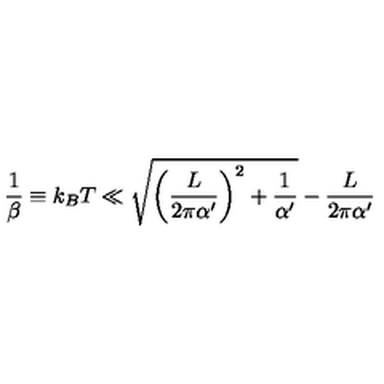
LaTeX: \frac { 1 } { \beta } \equiv k _ { B } T \ll \sqrt { \left( \frac { L } { 2 \pi \alpha ^ { \prime } } \right) ^ { 2 } + \frac { 1 } { \alpha ^ { \prime } } } - \frac { L } { 2 \pi \alpha ^ { \prime } }